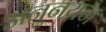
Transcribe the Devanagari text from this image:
अनुनयन